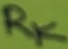
Text: RK